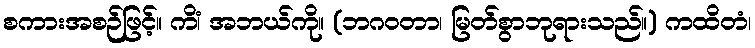
စကားအစဉ်ဖြင့်။ ကိံ၊ အဘယ်ကို။ (ဘဂဝတာ၊ မြတ်စွာဘုရားသည်။) ကထိတံ၊